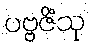
ပဗ္ဗဇိံသု